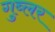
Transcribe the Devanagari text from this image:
गुब्लर